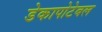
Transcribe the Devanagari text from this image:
डेकापोटेबल